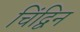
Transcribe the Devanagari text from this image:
चिंद्विन